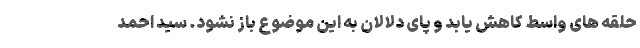
حلقه های واسط کاهش یابد و پای دلالان به این موضوع باز نشود. سید احمد